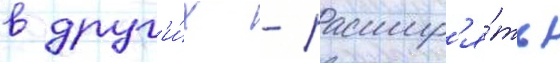
в друг'и́х - расшир'я́ть